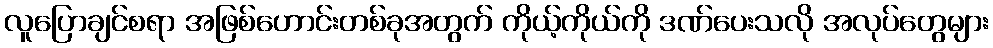
လူပြောချင်စရာ အဖြစ်ဟောင်းတစ်ခုအတွက် ကိုယ့်ကိုယ်ကို ဒဏ်ပေးသလို အလုပ်တွေများ